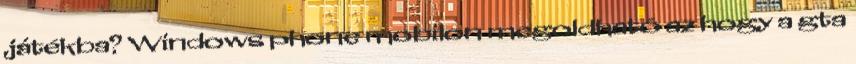
játékba? Windows phone mobilon megoldható az hogy a gta